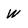
Character: W